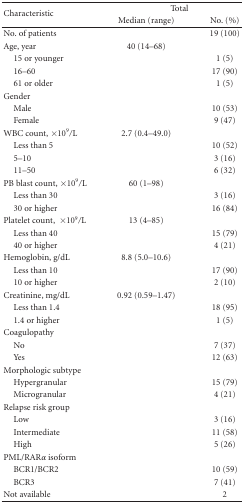
| <ROWSPAN=2> Characteristic | <COLSPAN=2> Total |
 | Median (range) | No. (%) |
 | --- | --- | --- |
 | No. of patients |  | 19 (100) |
 | Age, year | 40 (14–68) |  |
 | 15 or younger |  | 1 (5) |
 | 16–60 |  | 17 (90) |
 | 61 or older |  | 1 (5) |
 | Gender |  |  |
 | Male |  | 10 (53) |
 | Female |  | 9 (47) |
 | WBC count, × 109/L | 2.7 (0.4–49.0) |  |
 | Less than 5 |  | 10 (52) |
 | 5–10 |  | 3 (16) |
 | 11–50 |  | 6 (32) |
 | PB blast count,×109/L | 60 (1–98) |  |
 | Less than 30 |  | 3 (16) |
 | 30 or higher |  | 16 (84) |
 | Platelet count, ×109/L | 13 (4–85) |  |
 | Less than 40 |  | 15 (79) |
 | 40 or higher |  | 4 (21) |
 | Hemoglobin, g/dL | 8.8 (5.0–10.6) |  |
 | Less than 10 |  | 17 (90) |
 | 10 or higher |  | 2 (10) |
 | Creatinine, mg/dL | 0.92 (0.59–1.47) |  |
 | Less than 1.4 |  | 18 (95) |
 | 1.4 or higher |  | 1 (5) |
 | Coagulopathy |  |  |
 | No |  | 7 (37) |
 | Yes |  | 12 (63) |
 | Morphologic subtype |  |  |
 | Hypergranular |  | 15 (79) |
 | Microgranular |  | 4 (21) |
 | Relapse risk group |  |  |
 | Low |  | 3 (16) |
 | Intermediate |  | 11 (58) |
 | High |  | 5 (26) |
 | PML/RARα isoform |  |  |
 | BCR1/BCR2 |  | 10 (59) |
 | BCR3 |  | 7 (41) |
 | Not available |  | 2 |